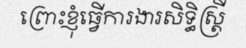
ព្រោះខ្ញុំធ្វើការងារសិទ្ធិស្ត្រី